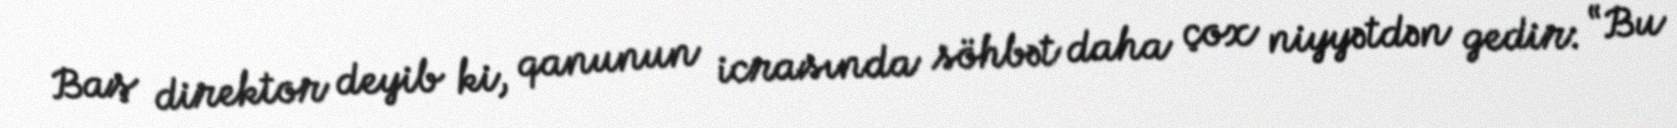
Baş direktor deyib ki, qanunun icrasında söhbət daha çox niyyətdən gedir: “Bu